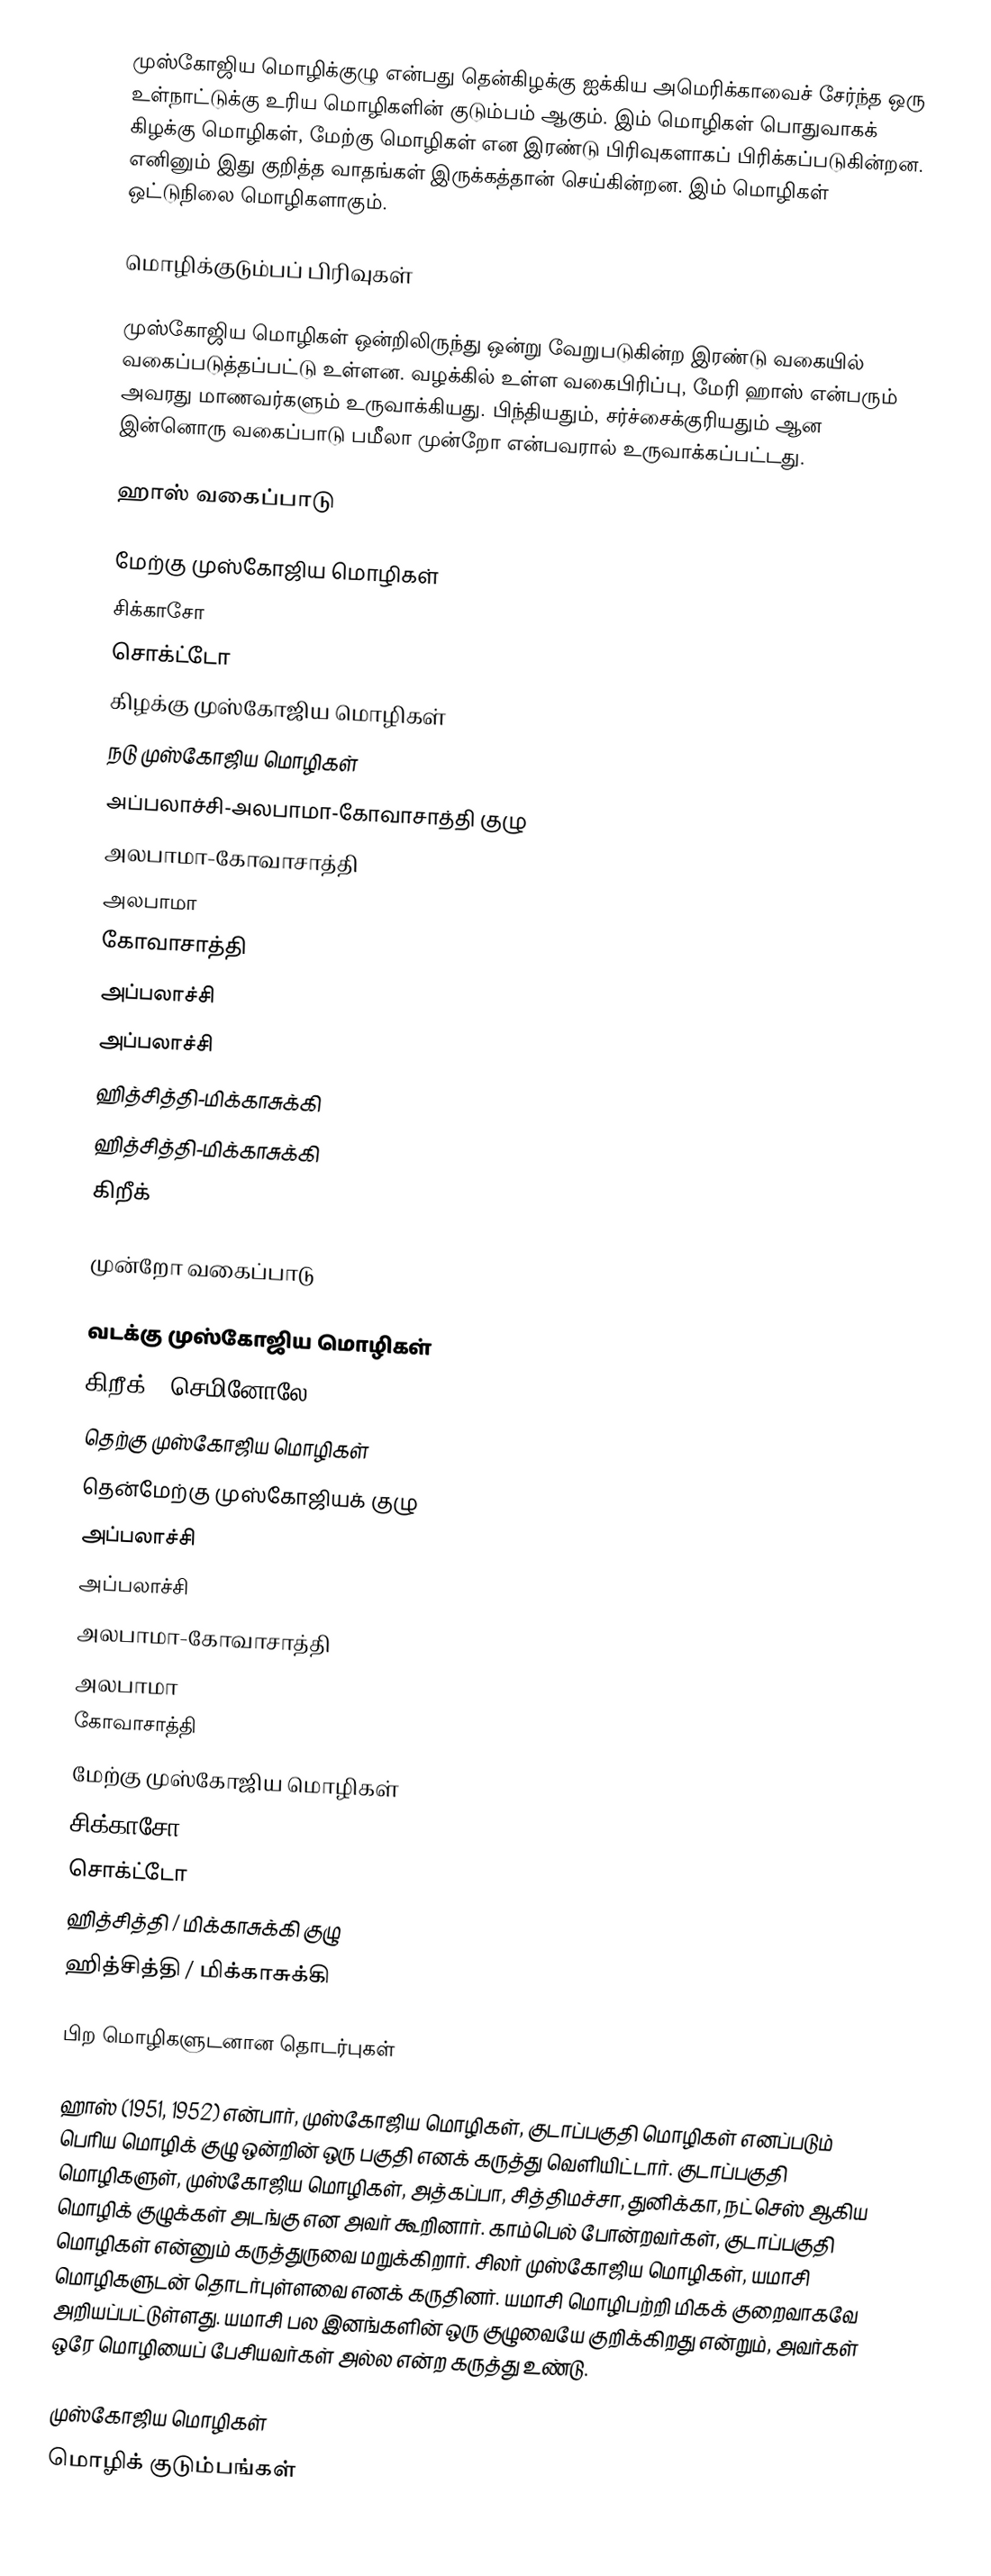
முஸ்கோஜிய மொழிக்குழு என்பது தென்கிழக்கு ஐக்கிய அமெரிக்காவைச் சேர்ந்த ஒரு உள்நாட்டுக்கு உரிய மொழிகளின் குடும்பம் ஆகும். இம் மொழிகள் பொதுவாகக் கிழக்கு மொழிகள், மேற்கு மொழிகள் என இரண்டு பிரிவுகளாகப் பிரிக்கப்படுகின்றன. எனினும் இது குறித்த வாதங்கள் இருக்கத்தான் செய்கின்றன. இம் மொழிகள் ஒட்டுநிலை மொழிகளாகும்.

மொழிக்குடும்பப் பிரிவுகள்

முஸ்கோஜிய மொழிகள் ஒன்றிலிருந்து ஒன்று வேறுபடுகின்ற இரண்டு வகையில் வகைப்படுத்தப்பட்டு உள்ளன. வழக்கில் உள்ள வகைபிரிப்பு, மேரி ஹாஸ் என்பரும் அவரது மாணவர்களும் உருவாக்கியது. பிந்தியதும், சர்ச்சைக்குரியதும் ஆன இன்னொரு வகைப்பாடு பமீலா முன்றோ என்பவரால் உருவாக்கப்பட்டது.

ஹாஸ் வகைப்பாடு

 மேற்கு முஸ்கோஜிய மொழிகள்
 சிக்காசோ
 சொக்ட்டோ
 கிழக்கு முஸ்கோஜிய மொழிகள்
 நடு முஸ்கோஜிய மொழிகள்
 அப்பலாச்சி-அலபாமா-கோவாசாத்தி குழு
 அலபாமா-கோவாசாத்தி
 அலபாமா
 கோவாசாத்தி
 அப்பலாச்சி
 அப்பலாச்சி
 ஹித்சித்தி-மிக்காசுக்கி
 ஹித்சித்தி-மிக்காசுக்கி
 கிறீக்

முன்றோ வகைப்பாடு

 வடக்கு முஸ்கோஜிய மொழிகள்
 கிறீக் / செமினோலே
 தெற்கு முஸ்கோஜிய மொழிகள்
 தென்மேற்கு முஸ்கோஜியக் குழு
 அப்பலாச்சி
 அப்பலாச்சி
 அலபாமா-கோவாசாத்தி
 அலபாமா
 கோவாசாத்தி
 மேற்கு முஸ்கோஜிய மொழிகள்
 சிக்காசோ
 சொக்ட்டோ
 ஹித்சித்தி / மிக்காசுக்கி குழு
 ஹித்சித்தி / மிக்காசுக்கி

பிற மொழிகளுடனான தொடர்புகள்

ஹாஸ் (1951, 1952) என்பார், முஸ்கோஜிய மொழிகள், குடாப்பகுதி மொழிகள் எனப்படும் பெரிய மொழிக் குழு ஒன்றின் ஒரு பகுதி எனக் கருத்து வெளியிட்டார். குடாப்பகுதி மொழிகளுள், முஸ்கோஜிய மொழிகள், அத்கப்பா, சித்திமச்சா, துனிக்கா, நட்செஸ் ஆகிய மொழிக் குழுக்கள் அடங்கு என அவர் கூறினார். காம்பெல் போன்றவர்கள், குடாப்பகுதி மொழிகள் என்னும் கருத்துருவை மறுக்கிறார். சிலர் முஸ்கோஜிய மொழிகள், யமாசி மொழிகளுடன் தொடர்புள்ளவை எனக் கருதினர். யமாசி மொழிபற்றி மிகக் குறைவாகவே அறியப்பட்டுள்ளது. யமாசி பல இனங்களின் ஒரு குழுவையே குறிக்கிறது என்றும், அவர்கள் ஒரே மொழியைப் பேசியவர்கள் அல்ல என்ற கருத்து உண்டு.

முஸ்கோஜிய மொழிகள்
மொழிக் குடும்பங்கள்